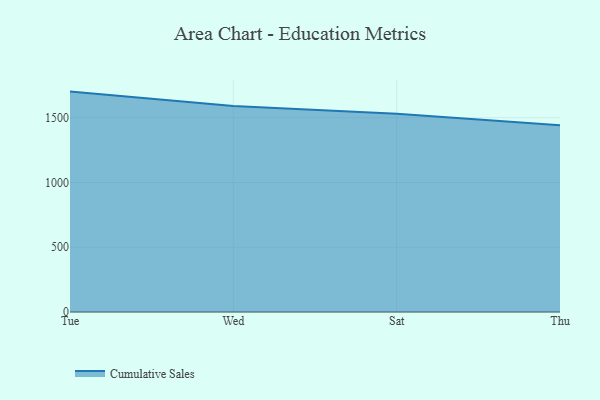
{"axis": {"x": "Day", "y": "Gross Profit (USD K)"}, "legend": ["Cumulative Sales"], "data": [{"x": "Tue", "y": 1702.0, "type": "Cumulative Sales"}, {"x": "Wed", "y": 1591.4, "type": "Cumulative Sales"}, {"x": "Sat", "y": 1530.8, "type": "Cumulative Sales"}, {"x": "Thu", "y": 1442.2, "type": "Cumulative Sales"}]}